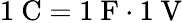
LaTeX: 1~{\mathrm{C}}=1~{\mathrm{F}}\cdot 1~{\mathrm{V}}